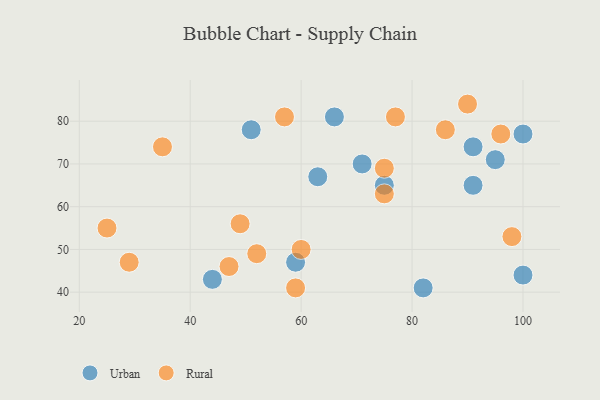
{"axis": {"x": "GDP", "y": "Life Expectancy"}, "legend": ["Rural", "Urban"], "data": [{"x": "66", "y": 81, "type": "Urban"}, {"x": "44", "y": 43, "type": "Urban"}, {"x": "91", "y": 74, "type": "Urban"}, {"x": "100", "y": 44, "type": "Urban"}, {"x": "82", "y": 41, "type": "Urban"}, {"x": "63", "y": 67, "type": "Urban"}, {"x": "100", "y": 77, "type": "Urban"}, {"x": "95", "y": 71, "type": "Urban"}, {"x": "91", "y": 65, "type": "Urban"}, {"x": "75", "y": 65, "type": "Urban"}, {"x": "51", "y": 78, "type": "Urban"}, {"x": "71", "y": 70, "type": "Urban"}, {"x": "59", "y": 47, "type": "Urban"}, {"x": "29", "y": 47, "type": "Rural"}, {"x": "90", "y": 84, "type": "Rural"}, {"x": "57", "y": 81, "type": "Rural"}, {"x": "98", "y": 53, "type": "Rural"}, {"x": "49", "y": 56, "type": "Rural"}, {"x": "52", "y": 49, "type": "Rural"}, {"x": "59", "y": 41, "type": "Rural"}, {"x": "60", "y": 50, "type": "Rural"}, {"x": "86", "y": 78, "type": "Rural"}, {"x": "77", "y": 81, "type": "Rural"}, {"x": "75", "y": 69, "type": "Rural"}, {"x": "35", "y": 74, "type": "Rural"}, {"x": "96", "y": 77, "type": "Rural"}, {"x": "25", "y": 55, "type": "Rural"}, {"x": "75", "y": 63, "type": "Rural"}, {"x": "47", "y": 46, "type": "Rural"}]}